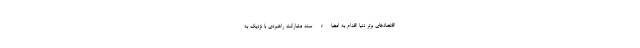
اقتصادهای برتر دنیا اقدام به امضاء سند مشارکت راهبردی با نزدیک به